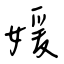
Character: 媛